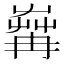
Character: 𦱶